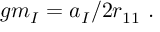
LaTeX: g m _ { \cal I } = a _ { \cal I } / 2 r _ { 1 1 } \ .